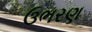
ઉભરણ